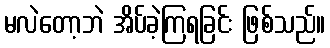
မလဲတော့ဘဲ အိပ်ခဲ့ကြရခြင်း ဖြစ်သည်။